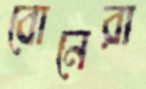
বোনেরা